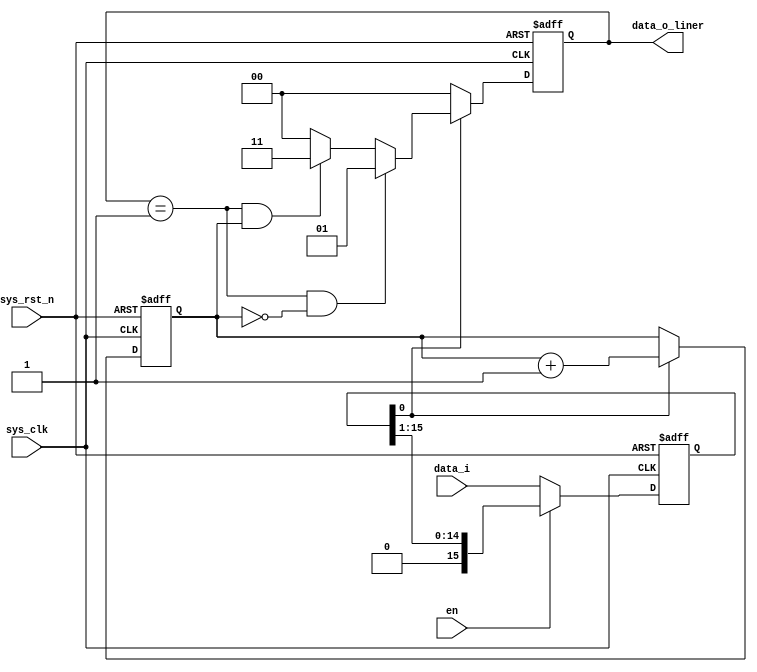
module AMI_code(
//global
input 				sys_clk,
input 				sys_rst_n,
input               en,
//
input 			[15:0] 	data_i,
output reg signed[1:0]	data_o_liner//	?0?1?1?-1
);
reg  [15:0]data_i_reg;
wire  data_i_liner;//?
reg  cnt_oddoreven;

//?->?
always @(posedge sys_clk or negedge sys_rst_n) begin
	if (!sys_rst_n) begin
		data_i_reg <= 15'b0;
	end
	else if(!en)begin
		data_i_reg <= data_i;	
	end
	else if(en)
	   data_i_reg <= data_i_reg>>1;
end
assign  data_i_liner = data_i_reg[0];
//?1?-1

always @(posedge sys_clk or negedge sys_rst_n) begin
	if (!sys_rst_n) begin
		cnt_oddoreven <= 1'b0;
	end
	else if (data_i_liner == 1'b1)
		cnt_oddoreven <= cnt_oddoreven + 1'b1;
end



//
always @(posedge sys_clk or negedge sys_rst_n) begin
	if (!sys_rst_n) begin
		data_o_liner <= 1'b0;
	end
	else if(data_i_liner == 1'b0) 
		data_o_liner <= 2'b00;
	else if(data_o_liner == 1'b1 && cnt_oddoreven == 1'b0)
		data_o_liner <= 2'b01;
	else if(data_o_liner == 1'b1 && cnt_oddoreven == 1'b1)
		data_o_liner <= 2'b11;
	else 
		data_o_liner <= 2'b00;
end




endmodule